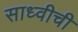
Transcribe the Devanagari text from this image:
साध्वीची